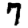
Digit: 7